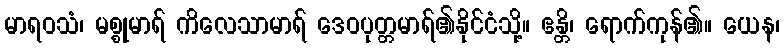
မာရဝသံ၊ မစ္စုမာရ် ကိလေသာမာရ် ဒေဝပုတ္တမာရ်၏နိုင်ငံသို့။ ဧန္တိ၊ ရောက်ကုန်၏။ ယေန၊